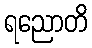
ရညောတိ